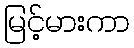
မြင့်မားကာ